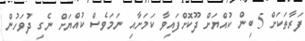
ފަރާތަކަށް 5 ބިން ކުއްޔަށް ދޫކޮށްފައިވާ ކަމަށާއި ނަމަވެސް ކުއްޔަށް ނެގި ދުވަހުން